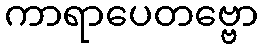
ကာရာပေတဗ္ဗော